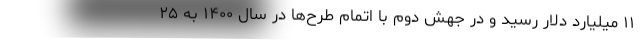
۱۱ میلیارد دلار رسید و در جهش دوم با اتمام طرح‌ها در سال ۱۴۰۰ به ۲۵